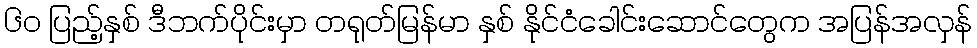
၆၀ ပြည့်နှစ် ဒီဘက်ပိုင်းမှာ တရုတ်မြန်မာ နှစ် နိုင်ငံခေါင်းဆောင်တွေက အပြန်အလှန်